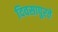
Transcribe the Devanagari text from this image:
दिवसापुरते